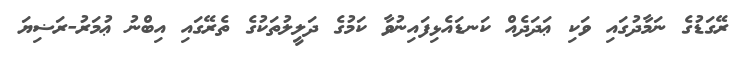
ރޭގަޑުގެ ނަމާދުގައި ވަކި ޢަދަދެއް ކަނޑައެޅިފައިނުވާ ކަމުގެ ދަލީލުތަކުގެ ތެރޭގައި އިބްނު ޢުމަރު-ރަޟިޔަ